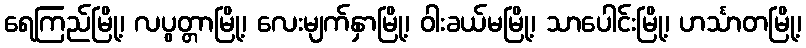
ရေကြည်မြို့၊ လပွတ္တာမြို့၊ လေးမျက်နှာမြို့၊ ဝါးခယ်မမြို့၊ သာပေါင်းမြို့၊ ဟင်္သာတမြို့၊